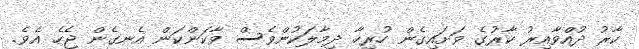
ކާރު ދުއްވާއިރު ކާރުގެ ވަށައިގެން ހުރިހާ ދިމާލަކުންވެސް ވާކަންކަން އެނގެން ޖެހެ އެވެ.